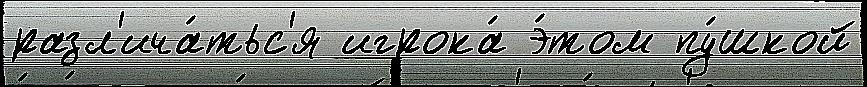
разл'ича́тьс'я игрока́ э́том пу́шкой